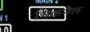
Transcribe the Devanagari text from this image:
बिकनैल